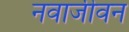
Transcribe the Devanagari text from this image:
नवाजीवन